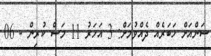
ސަންއަށް ޚަބަރެއް ދެއްވުމަށް: 3 އަހަރު 11 މަސް ކުރިން - 06